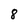
Character: 8